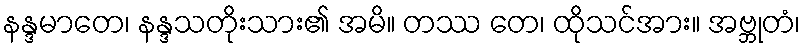
နန္ဒမာတေ၊ နန္ဒသတိုးသား၏ အမိ။ တဿ တေ၊ ထိုသင်အား။ အဗ္ဘုတံ၊